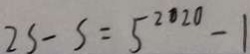
2 s - s = 5 ^ { 2 0 2 0 } - 1